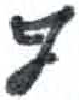
אות: ף